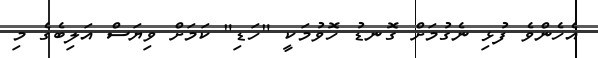
އެހެންވެ ފުޅި ނެގުމަށް ގޮނޑު ހޮވުމަކީ "ހަޑި" ކަމަށް ވިޔަސް އަލިބެގެ މި